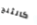
كالثلج